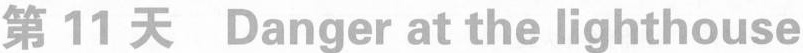
第11 天 Danger at the lighthouse